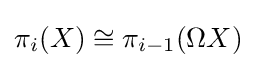
\pi _{i}(X)\cong \pi _{i-1}(\Omega X)